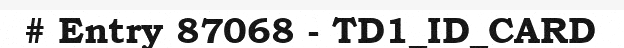
# Entry 87068 - TD1_ID_CARD